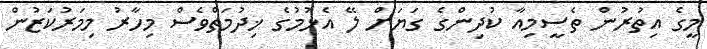
މީގެ އިތުރުން ތެސީމިއާ ކުދިންގެ ގަޔަށް ލޭ އެޅުމުގެ ޚިދުމަތްވެސް މިހާރު މިމަރުކަޒުން